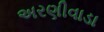
અરણીવાડા